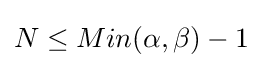
N\leq Min(\alpha ,\beta )-1